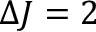
\Delta J = 2